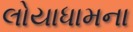
લોયાધામના